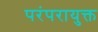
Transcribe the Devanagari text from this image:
परंपरायुक्त